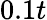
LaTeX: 0.1t